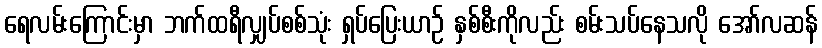
ရေလမ်းကြောင်းမှာ ဘက်ထရီလျှပ်စစ်သုံး ရှပ်ပြေးယာဉ် နှစ်စီးကိုလည်း စမ်းသပ်နေသလို အော်လဆန်